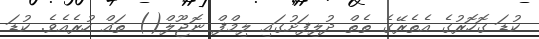
ކުޑަ ގޮހޮރުގެ އެތެރޭގެ ތެތް ދުލިފަށުގައި ލިމްފް ނޮޖޫލް() ތައް ހުރެއެވެ. ކުޑަ